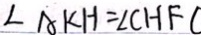
\angle A K H = \angle C H F (